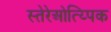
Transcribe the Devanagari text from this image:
स्तेरेओत्य्पिक